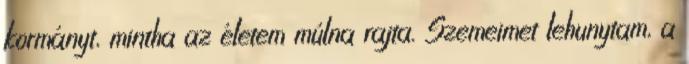
kormányt, mintha az életem múlna rajta. Szemeimet lehunytam, a